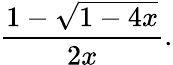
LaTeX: {\frac{1-{\sqrt{1-4x}}}{2x}}.